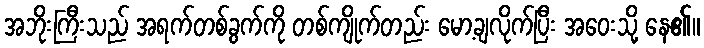
အဘိုးကြီးသည် အရက်တစ်ခွက်ကို တစ်ကျိုက်တည်း မော့ချလိုက်ပြီး အဝေးသို့ နေ၏။